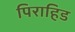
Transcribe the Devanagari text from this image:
पिराहिड